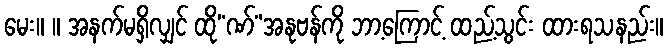
မေး။ ။ အနက်မရှိလျှင် ထို“ဏ်”အနုဗန်ကို ဘာ့ကြောင့် ထည့်သွင်း ထားရသနည်း။